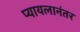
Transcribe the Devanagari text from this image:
प्यायलानंतर